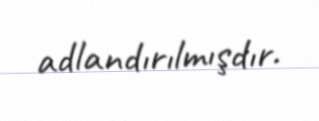
adlandırılmışdır.